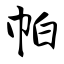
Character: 帕